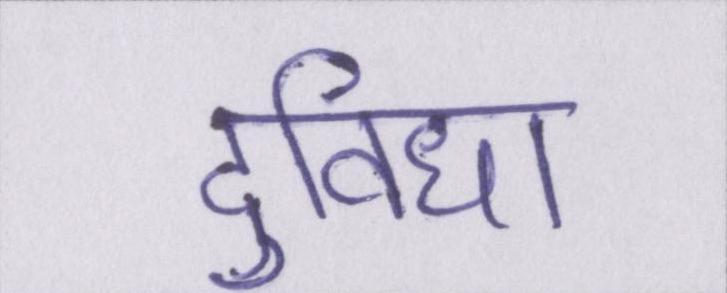
दुविधा